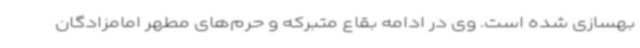
بهسازی شده است. وی در ادامه بقاع متبرکه و حرم‌های مطهر امامزادگان